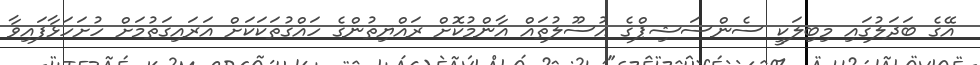
އޭގެ ބަދަލުގައި މިބިލަކީ ސެންސަޝިޕްގެ އުސޫލުތައް އާންމުކޮށް ރައްޔިތުންގެ ހައްގުތަކަކަށް އަރައިގަތުމަށް ހުށަހަޅާފައިވާ